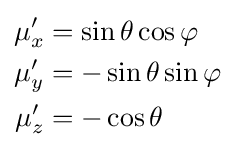
{\begin{aligned}\mu '_{x}&=\sin \theta \cos \varphi \\\mu '_{y}&=-\sin \theta \sin \varphi \\\mu '_{z}&=-\cos \theta \\\end{aligned}}